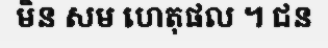
មិន សម ហេតុផល ។ ជន